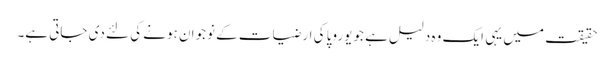
حقیقت میں یہی ایک وہ دلیل ہے جو یوروپا کی ارضیات کے نوجوان ہونے کی لئے دی جاتی ہے۔